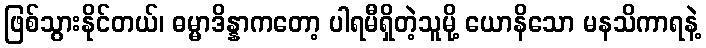
ဖြစ်သွားနိုင်တယ်၊ ဓမ္မာဒိန္နာကတော့ ပါရမီရှိတဲ့သူမို့ ယောနိသော မနသိကာရနဲ့